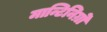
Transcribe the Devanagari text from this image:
मान्टिनिग्रो